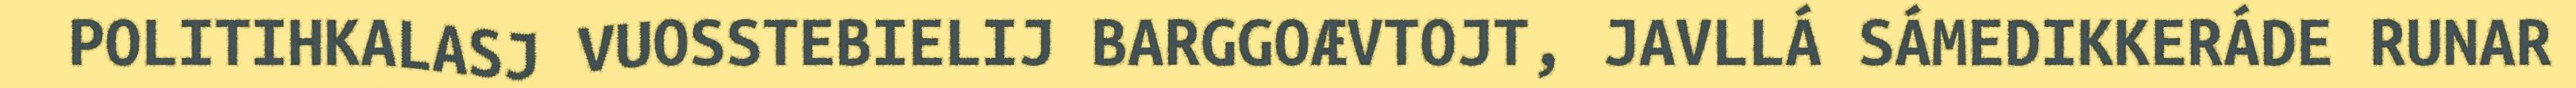
POLITIHKALASJ VUOSSTEBIELIJ BARGGOÆVTOJT, JAVLLÁ SÁMEDIKKERÁDE RUNAR